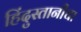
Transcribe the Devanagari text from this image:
हिंदुस्तानीचा